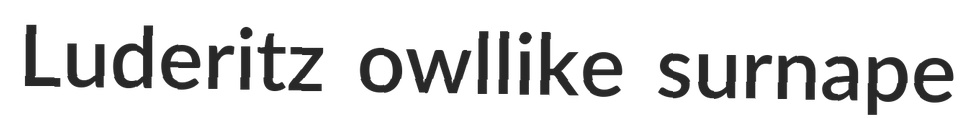
Luderitz owllike surnape